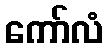
ကော်လံ